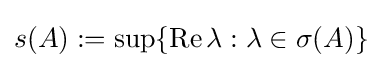
s(A):=\sup\{{\rm {Re}}\,\lambda :\lambda \in \sigma (A)\}